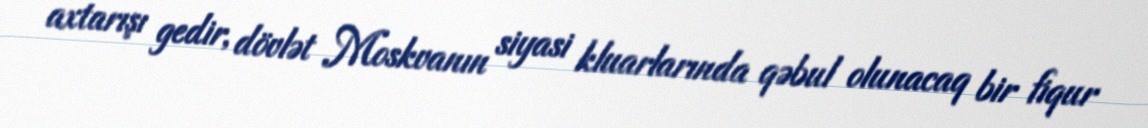
axtarışı gedir, dövlət Moskvanın siyasi kluarlarında qəbul olunacaq bir fiqur